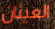
العينان